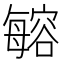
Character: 𣫾